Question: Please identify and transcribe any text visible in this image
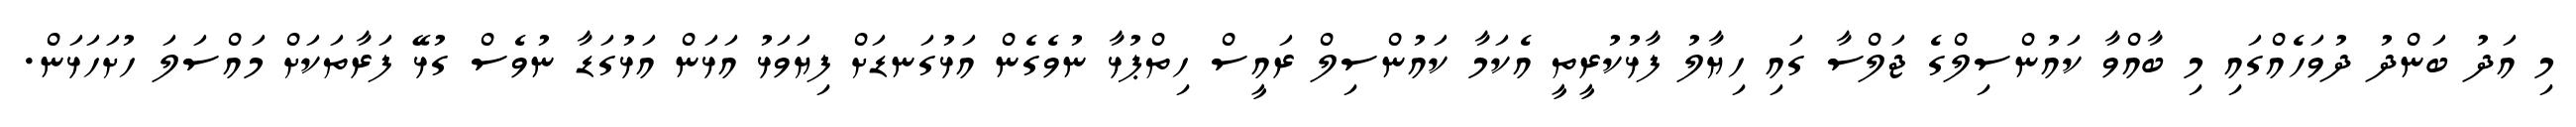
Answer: މި އަދު ބަންދު ދުވަހެއްގައި މި ބާއްވާ ކައުންސިލްގެ ޖަލްސާ ގައި ހިޔާލު ފާޅުކުރީތީ އެކަމާ ކައުންސިލް ރައީސް ހިތްޕުޅާ ނުވެގެން އަޅުގަނޑަށް ފިޔަވަޅު އަޅަން އަޅުގަޑާ ނުވެސް ގުޅޭ ފަރާތަކަށް މައްސަލަ ހުށަހަޅަން.